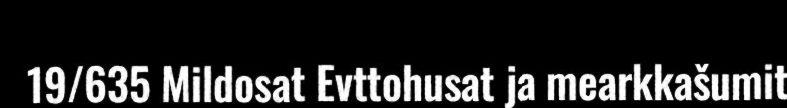
19/635 Mildosat Evttohusat ja mearkkašumit